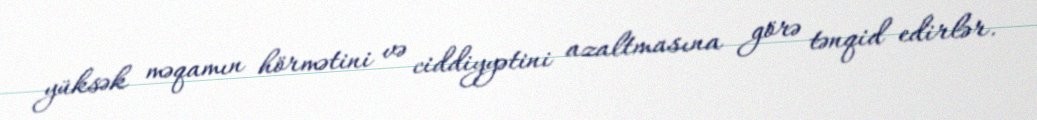
yüksək məqamın hörmətini və ciddiyyətini azaltmasına görə tənqid edirlər.